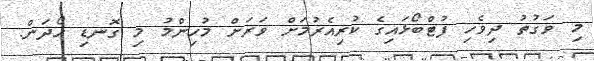
މި ވަގުތު ދިވެހި ފުޓްބޯޅައިގެ ކުރިއެރުމަށް ވަރަށް މުހިންމު މި ގޮނޑި ހޯދަން.